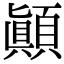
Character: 顚